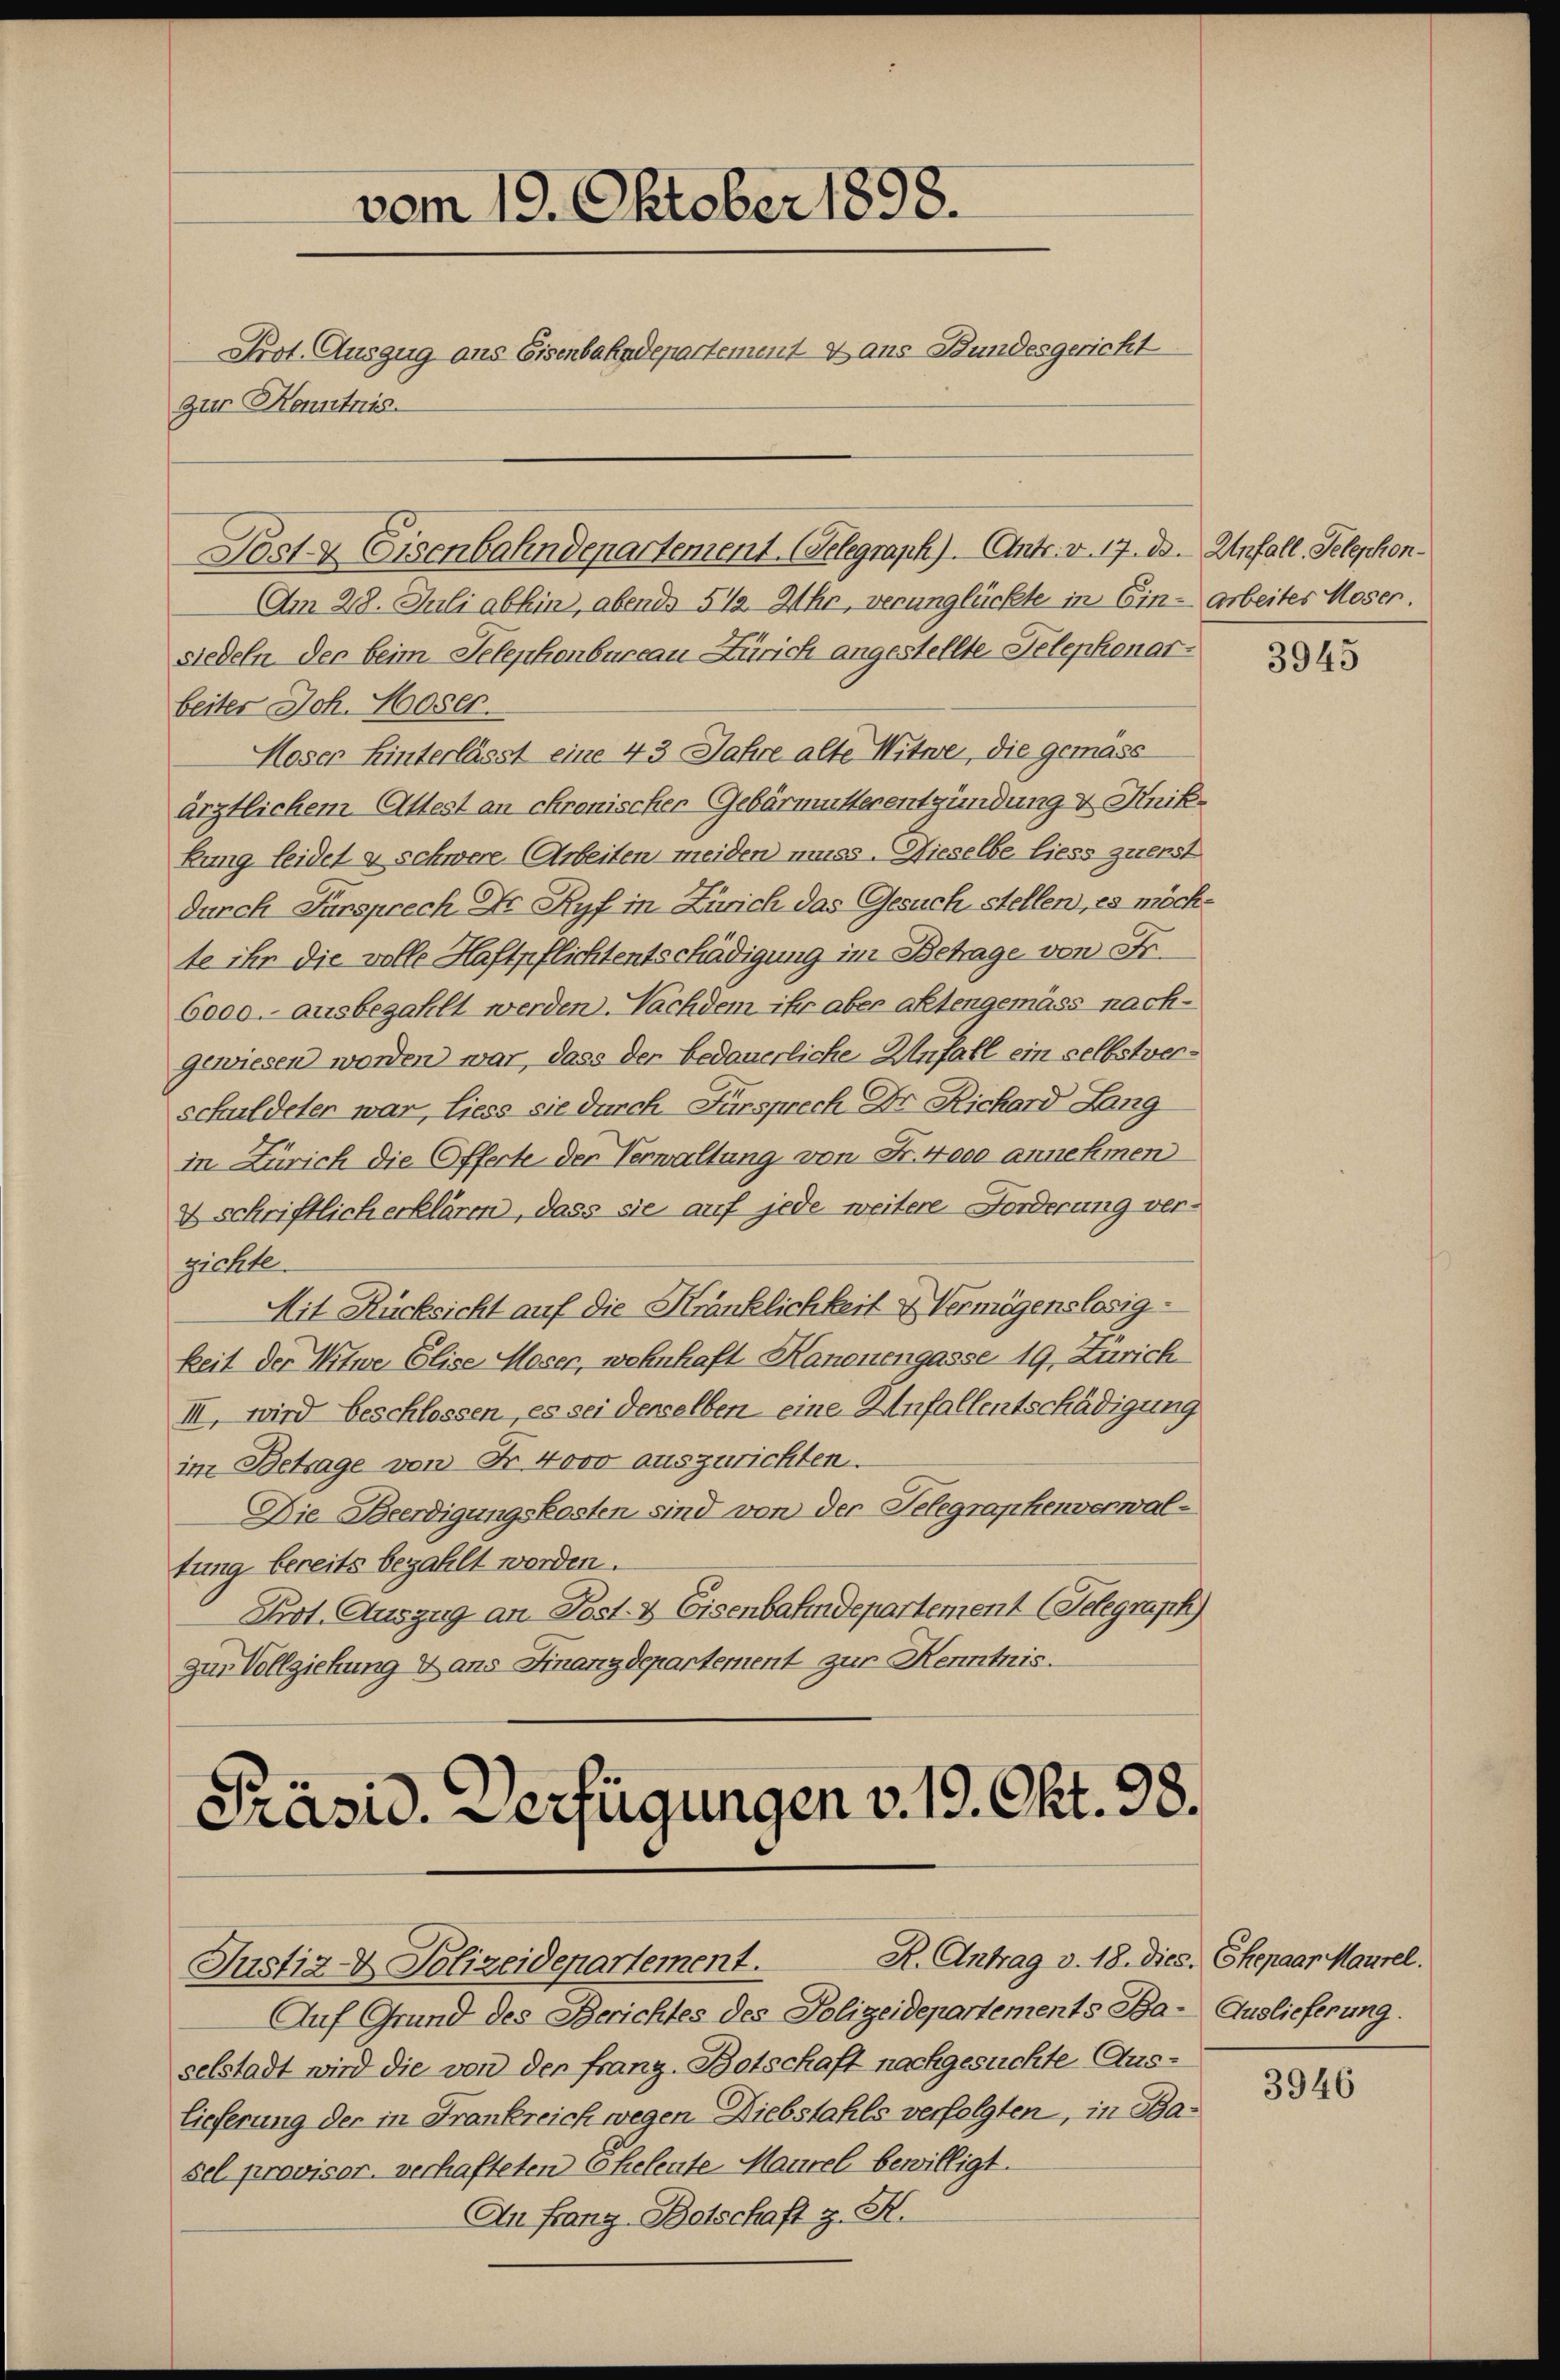
vom 19. Oktober 1898.
Prot. Auszug aus Eisenbahndepartement aus Stundesgericht
zur Kenntnis.

Post & Eisenbahndepartement. Gelegraph). Ants. v. 17. d. Unfall, Telephon¬

Am 28. Juli abhin, abends 5 1/2 Uhr, verunglückte in Ein- arbeites Moser.
siedeln der beim Telephonbureau Zürich angestellte Telephonarbeiter Joh. Moser.
Moser Hinterlässt eine 43 Jahre alte Witwe, die gemäss
ärztlichem Attest an chronischer Gebärmutterentzündung v. Knik
kung leidet & schwere Arbeiten meiden muss. Dieselbe liess zuerst
durch Fürsprech Dr Ryf in Zürich das Gesuch stellen, es möchte ihr die volle Haftpflichtentschädigung im Betrage von Fr.
6000. ausbezahlt werden. Nachdem ihr aber altengemäss nachgewiesen worden war, dass der bedauerliche Unfall ein selbstverschuldeter war, liess sie durch Fürsprech Dr Richard Lang
in Zürich die Offerte der Verwaltung von Fr. 4000 annehmen
& schriftlich erklären, dass sie auf jede weitere Forderung ver-
gichte.
Mit Rücksicht auf die Kränklichkeit & Vermögenslosig-
keit der Witwe Elise Moser, wohnhaft Kanonengasse 19, Zürich
III, wird beschlossen, es sei denselben eine Unfallentschädigung
im Betrage von Fr. 4000 auszurichten.
Die Beerdigungskosten sind von der Telegraphenverwaltung bereits bezahlt worden.
Prot. Auszug an Post- & Eisenbahndepartement (Telegraph
zur Vollziehung & ans Finanzdepartement zur Kenntnis.

Präsid. Verfügungen v. 19. Okt. 38.
R. Antrag v. 18. dies, Ehepaar Maurel.
Justiz- & Polizeidepartement.

Auf Grund des Berichtes des Polizeidepartements Ba- Auslieferung.
selstadt wird die von der franz. Botschaft nachgesuchte Aus-
lieferung der in Frankreich wegen Diebstahls verfolgten, in Basel provisor. verhafteten Eheleute Maurel bewilligt.
An Franz Botschaft z. K.

3945

3946